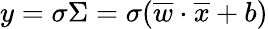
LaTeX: y=\sigma\Sigma=\sigma(\overline{{w}}\cdot\overline{{x}}+b)